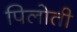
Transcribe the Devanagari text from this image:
पिलोती